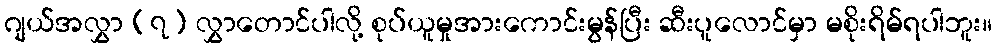
ဂျယ်အလွှာ (၇) လွှာတောင်ပါလို့ စုပ်ယူမှုအားကောင်းမွန်ပြီး ဆီးပူလောင်မှာ မစိုးရိမ်ရပါဘူး။